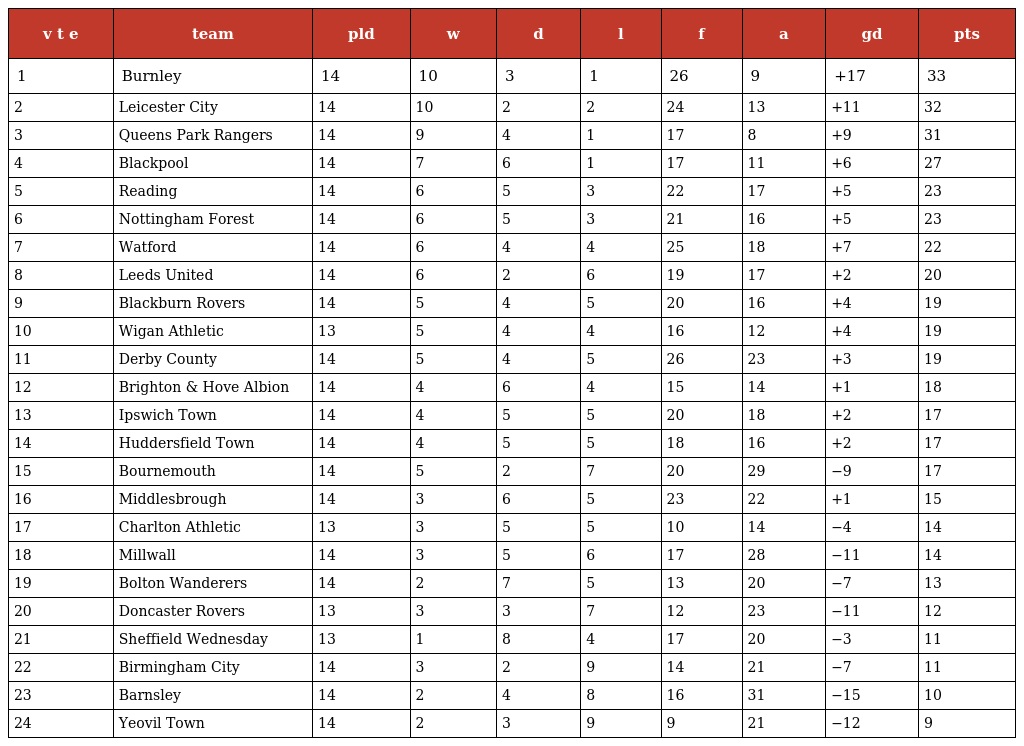
| v t e | team | pld | w | d | l | f | a | gd | pts |
 | --- | --- | --- | --- | --- | --- | --- | --- | --- | --- |
 | 1 | Burnley | 14 | 10 | 3 | 1 | 26 | 9 | +17 | 33 |
 | 2 | Leicester City | 14 | 10 | 2 | 2 | 24 | 13 | +11 | 32 |
 | 3 | Queens Park Rangers | 14 | 9 | 4 | 1 | 17 | 8 | +9 | 31 |
 | 4 | Blackpool | 14 | 7 | 6 | 1 | 17 | 11 | +6 | 27 |
 | 5 | Reading | 14 | 6 | 5 | 3 | 22 | 17 | +5 | 23 |
 | 6 | Nottingham Forest | 14 | 6 | 5 | 3 | 21 | 16 | +5 | 23 |
 | 7 | Watford | 14 | 6 | 4 | 4 | 25 | 18 | +7 | 22 |
 | 8 | Leeds United | 14 | 6 | 2 | 6 | 19 | 17 | +2 | 20 |
 | 9 | Blackburn Rovers | 14 | 5 | 4 | 5 | 20 | 16 | +4 | 19 |
 | 10 | Wigan Athletic | 13 | 5 | 4 | 4 | 16 | 12 | +4 | 19 |
 | 11 | Derby County | 14 | 5 | 4 | 5 | 26 | 23 | +3 | 19 |
 | 12 | Brighton & Hove Albion | 14 | 4 | 6 | 4 | 15 | 14 | +1 | 18 |
 | 13 | Ipswich Town | 14 | 4 | 5 | 5 | 20 | 18 | +2 | 17 |
 | 14 | Huddersfield Town | 14 | 4 | 5 | 5 | 18 | 16 | +2 | 17 |
 | 15 | Bournemouth | 14 | 5 | 2 | 7 | 20 | 29 | −9 | 17 |
 | 16 | Middlesbrough | 14 | 3 | 6 | 5 | 23 | 22 | +1 | 15 |
 | 17 | Charlton Athletic | 13 | 3 | 5 | 5 | 10 | 14 | −4 | 14 |
 | 18 | Millwall | 14 | 3 | 5 | 6 | 17 | 28 | −11 | 14 |
 | 19 | Bolton Wanderers | 14 | 2 | 7 | 5 | 13 | 20 | −7 | 13 |
 | 20 | Doncaster Rovers | 13 | 3 | 3 | 7 | 12 | 23 | −11 | 12 |
 | 21 | Sheffield Wednesday | 13 | 1 | 8 | 4 | 17 | 20 | −3 | 11 |
 | 22 | Birmingham City | 14 | 3 | 2 | 9 | 14 | 21 | −7 | 11 |
 | 23 | Barnsley | 14 | 2 | 4 | 8 | 16 | 31 | −15 | 10 |
 | 24 | Yeovil Town | 14 | 2 | 3 | 9 | 9 | 21 | −12 | 9 |